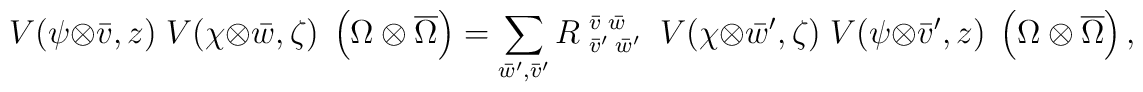
V(\psi\otimes\bar{v},z) \; V(\chi\otimes \bar{w},\zeta)\;\left(\Omega \otimes \overline{\Omega}\right)=\sum_{\bar{w}', \bar{v}'} {R \;}_{\bar{v}'\;\bar{w}'}^{\bar{v}\;\bar{w}}\; \; V(\chi\otimes\bar{w}',\zeta) \; V(\psi\otimes \bar{v}',z)\; \left(\Omega \otimes \overline{\Omega}\right),